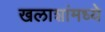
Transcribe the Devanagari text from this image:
खलाशांमध्ये